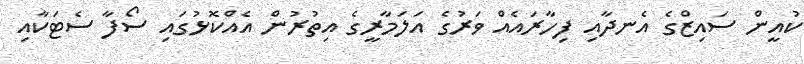
ކުއީން ސައިޒްގެ އެނދާއި ފިހާރައެއް ވަރުގެ އަލަމާރީގެ އިތުރުން އެއްކޮޅުގައި ސޯފާ ސެޓަކާއި